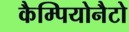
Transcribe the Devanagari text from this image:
कैम्पियोनैटो